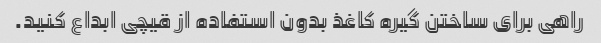
راهی برای ساختن گیره کاغذ بدون استفاده از قیچی ابداع کنید.